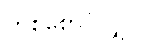
တစ်စောင်လျှင်